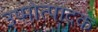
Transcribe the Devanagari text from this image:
उष्मोत्पादक